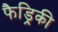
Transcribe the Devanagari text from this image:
फैड्रिकी